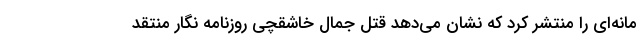
مانه‌ای را منتشر کرد که نشان می‌دهد قتل جمال خاشقچی روزنامه نگار منتقد